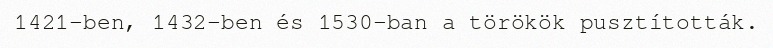
1421-ben, 1432-ben és 1530-ban a törökök pusztították.